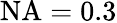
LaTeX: \mathrm{NA}=0.3